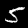
Label: 5